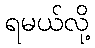
ရမယ်လို့